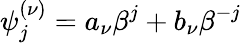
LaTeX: \psi_{j}^{(\nu)}=a_{\nu}\beta^{j}+b_{\nu}\beta^{-j}